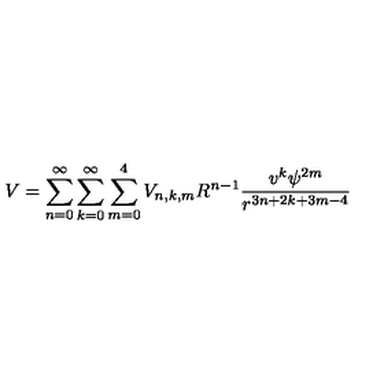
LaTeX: V = \sum _ { n = 0 } ^ { \infty } \sum _ { k = 0 } ^ { \infty } \sum _ { m = 0 } ^ { 4 } V _ { n , k , m } R ^ { n - 1 } \frac { v ^ { k } \psi ^ { 2 m } } { r ^ { 3 n + 2 k + 3 m - 4 } }